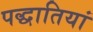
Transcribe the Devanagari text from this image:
पद्धातियां